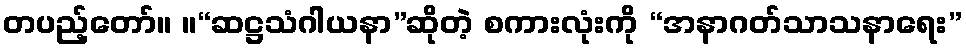
တပည့်တော်။ ။“ဆဋ္ဌသံဂါယနာ”ဆိုတဲ့ စကားလုံးကို “အနာဂတ်သာသနာရေး”